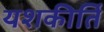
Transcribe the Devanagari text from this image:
यशकीर्ति